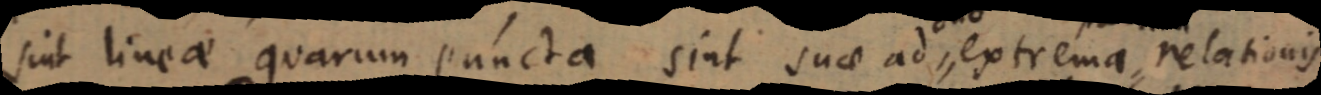
sint lineae quarum puncta sint suae ad extrema relationis